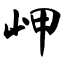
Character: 岬